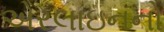
એરલાઇનનો